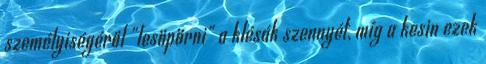
személyiségéről "lesöpörni" a klésák szennyét, míg a kesin ezek